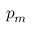
p _ { m }